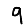
Digit: 9